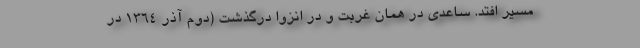
مسیر افتد. ساعدی در همان غربت و در انزوا درگذشت (دوم آذر 1364 در